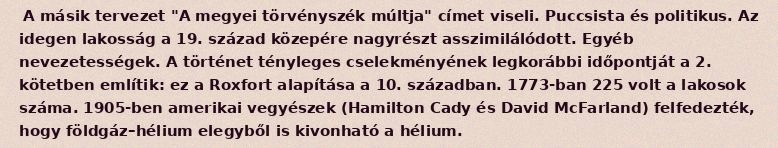
A másik tervezet "A megyei törvényszék múltja" címet viseli. Puccsista és politikus. Az idegen lakosság a 19. század közepére nagyrészt asszimilálódott. Egyéb nevezetességek. A történet tényleges cselekményének legkorábbi időpontját a 2. kötetben említik: ez a Roxfort alapítása a 10. században. 1773-ban 225 volt a lakosok száma. 1905-ben amerikai vegyészek (Hamilton Cady és David McFarland) felfedezték, hogy földgáz–hélium elegyből is kivonható a hélium.